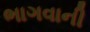
ભાગવાની